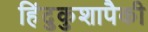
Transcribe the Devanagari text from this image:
हिंदुकुशापैकी